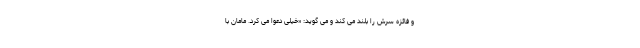
و فائزه سرش را بلند می کند و می گوید: «خیلی دعوا می کرد. مامان با